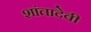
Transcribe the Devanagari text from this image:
शांतादेवी